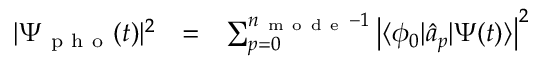
\begin{array} { c c l } { | \Psi _ { \mathrm { ~ p ~ h ~ o ~ } } ( t ) | ^ { 2 } } & { = } & { \sum _ { p = 0 } ^ { n _ { \mathrm { ~ m ~ o ~ d ~ e ~ } } - 1 } \left| \langle \phi _ { 0 } | \hat { a } _ { p } | \Psi ( t ) \rangle \right| ^ { 2 } } \end{array}